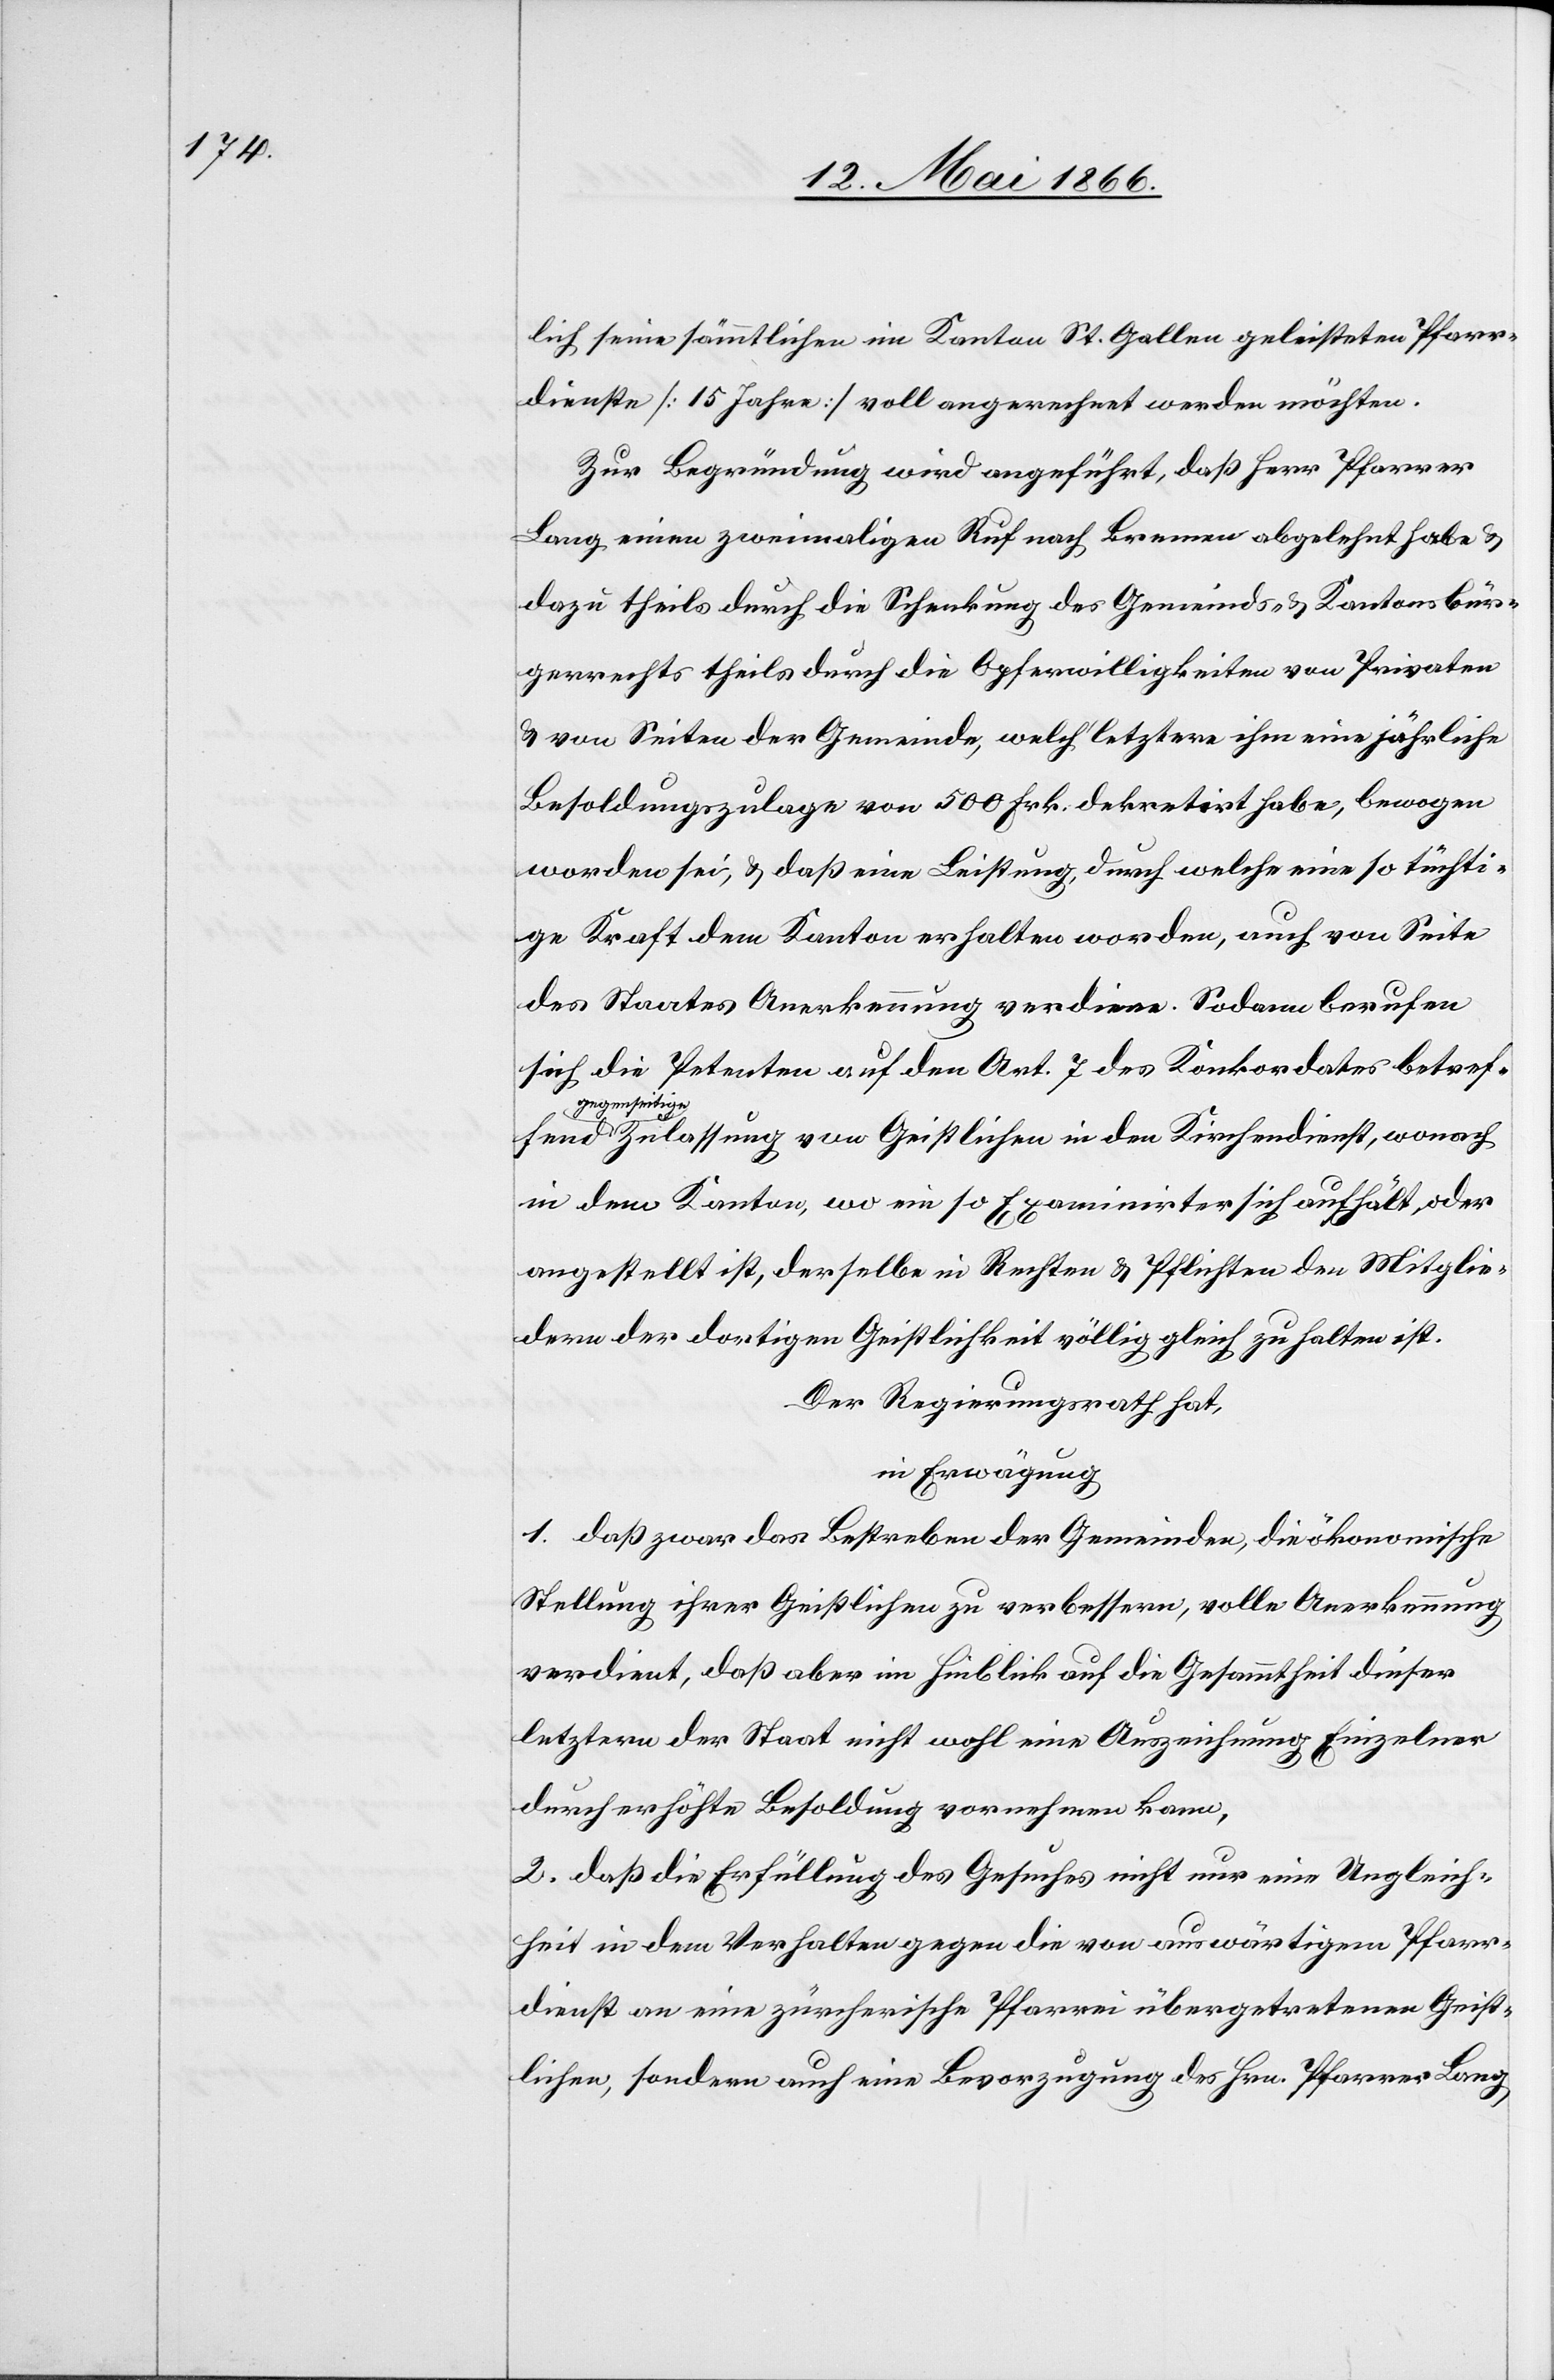
lich seine sämmtlichen im Kanton St. Gallen geleisteten Pfarr¬
dienste [15 Jahre] voll angerechnet werden möchten.
Zur Begründung wird angeführt, daß Herr Pfarrer
Lang einen zweimaligen Ruf nach Bremen abgelehnt habe u.
dazu theils durch die Schenkung des Gemeinds- u. Kantonsbür¬
gerrechts theils durch die Opferwilligkeiten von Privaten
u. von Seiten der Gemeinde, welch‘ letztere ihm eine jährliche
Besoldungszulage von 500 Frk. dekretirt habe, bewogen
worden sei, u. daß eine Leistung, durch welche eine so tüchti¬
ge Kraft dem Kanton erhalten worden, auch von Seite
des Staates Anerkennung verdiene. Sodann berufen
sich die Petenten auf den Art. 7 des Konkordates betreffend
gegenseitig¬
e Zulassung von Geistlichen in den Kirchendienst, wonach
in dem Kanton, wo ein so Examinirter sich aufhält, oder
angestellt ist, derselbe in Rechten u. Pflichten den Mitglie¬
dern der dortigen Geistlichkeit völlig gleich zu halten ist.
Der Regierungsrath hat,
in Erwägung
1. daß zwar das Bestreben der Gemeinden, die ökonomische
Stellung ihrer Geistlichen zu verbessern, volle Anerkennung
verdient, daß aber im Hinblick auf die Gesammtheit dieser
letztern der Staat nicht wohl eine Auszeichnung Einzelner
durch erhöhte Besoldung vornehmen kann,
2. daß die Erfüllung des Gesuches nicht nur eine Ungleich¬
heit in dem Verhalten gegen die von auswärtigem Pfarr¬
dienst an eine zürcherische Pfarrei übergetretenen Geist¬
lichen, sondern auch eine Bevorzugung des Hrn. Pfarrer Lang